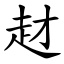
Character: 䞗